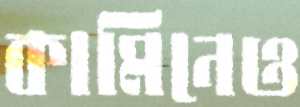
কামিনেও